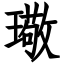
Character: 璥